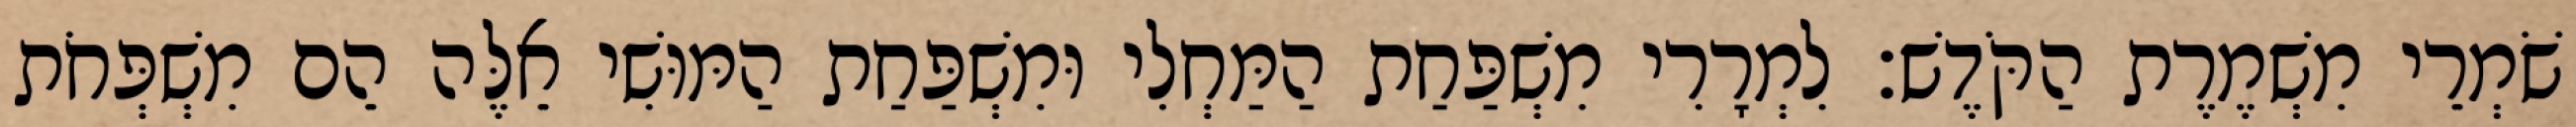
שֹׁמְרֵי מִשְׁמֶרֶת הַקֹּדֶשׁ׃ לִמְרָרִי מִשְׁפַּחַת הַמַּחְלִי וּמִשְׁפַּחַת הַמּוּשִׁי אֵלֶּה הֵם מִשְׁפְּחֹת